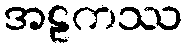
အဠကဿ